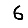
Digit: 6